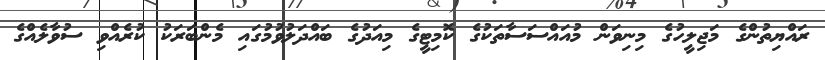
ރައްޔިތުންގެ މަޖިލީހުގެ މިނިވަން މުއައްސަސާތަކުގެ ކޮމިޓީގެ މިއަދުގެ ބައްދަލުވުމުގައި މެންބަރަކު ކުރެއްވި ސުވާލެއްގެ